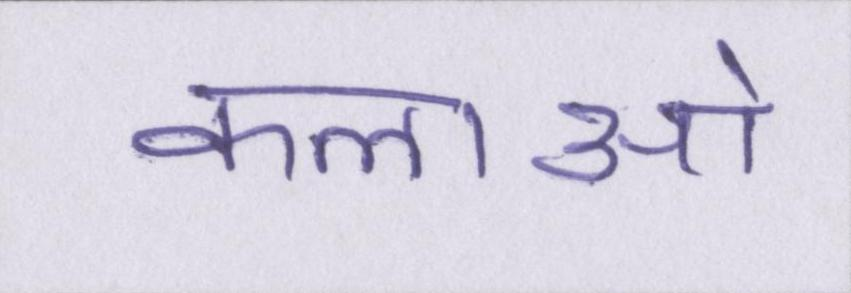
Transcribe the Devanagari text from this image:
कलाओ